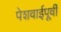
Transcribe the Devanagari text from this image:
पेशवाईपूर्वी